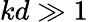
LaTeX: kd\gg 1